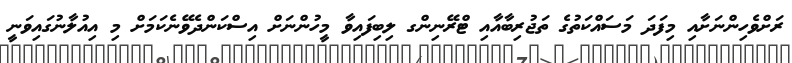
ރަށްވެހިންނަށާއި މިފަދަ މަސައްކަތުގެ ތަޖުރިބާއާއި ޓްރޭނިންގ ލިބިފައިވާ މީހުންނަށް އިސްކަންދެވޭނެކަމަށް މި އިއުލާނުގައިވަނީ